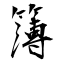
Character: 簿